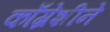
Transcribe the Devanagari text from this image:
काँग्रेशीने